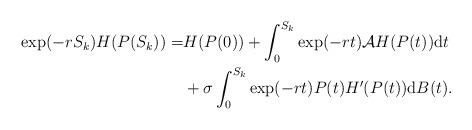
LaTeX: \begin{align*}\begin{aligned}\exp(-rS_k)H(P(S_k))=&H(P(0))+\int_{0}^{S_k}\exp(-rt)\mathcal{A}H(P(t))\mathrm{d}t\\&+\sigma\int_{0}^{S_k}\exp(-rt)P(t)H'(P(t))\mathrm{d}B(t).\end{aligned}\end{align*}